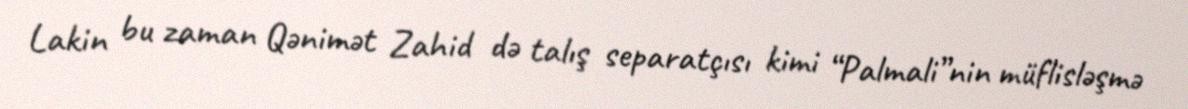
Lakin bu zaman Qənimət Zahid də talış separatçısı kimi “Palmali”nin müflisləşmə